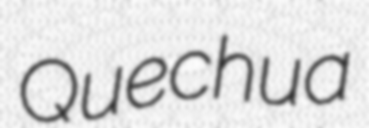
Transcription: Quechua